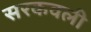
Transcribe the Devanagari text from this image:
सरकवली